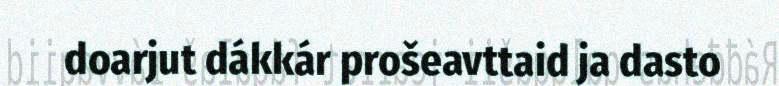
doarjut dákkár prošeavttaid ja dasto